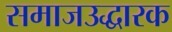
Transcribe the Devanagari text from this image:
समाजउद्धारक